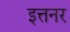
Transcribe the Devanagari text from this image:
इत्तनर